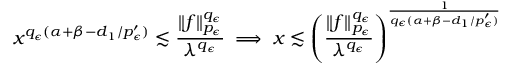
x ^ { q _ { \epsilon } ( \alpha + \beta - d _ { 1 } / { p _ { \epsilon } ^ { \prime } } ) } \lesssim \frac { \| f \| _ { p _ { \epsilon } } ^ { q _ { \epsilon } } } { \lambda ^ { q _ { \epsilon } } } \implies x \lesssim \left( \frac { \| f \| _ { p _ { \epsilon } } ^ { q _ { \epsilon } } } { \lambda ^ { q _ { \epsilon } } } \right) ^ { \frac { 1 } { q _ { \epsilon } ( \alpha + \beta - d _ { 1 } / { p _ { \epsilon } ^ { \prime } } ) } }